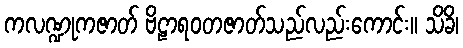
ကလဏ္ဍုကဇာတ် ဗိဠာရဝတဇာတ်သည်လည်းကောင်း။ သိခိ၊